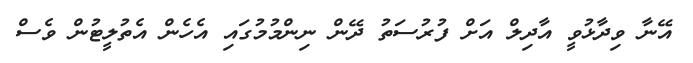
އޭނާ ވިދާޅުވީ އާދިލް އަށް ފުރުސަތު ދޭން ނިންމުމުގައި އެހެން އެތުލީޓުން ވެސް